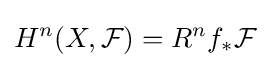
H^{n}(X,{\mathcal {F}})=R^{n}f_{*}{\mathcal {F}}